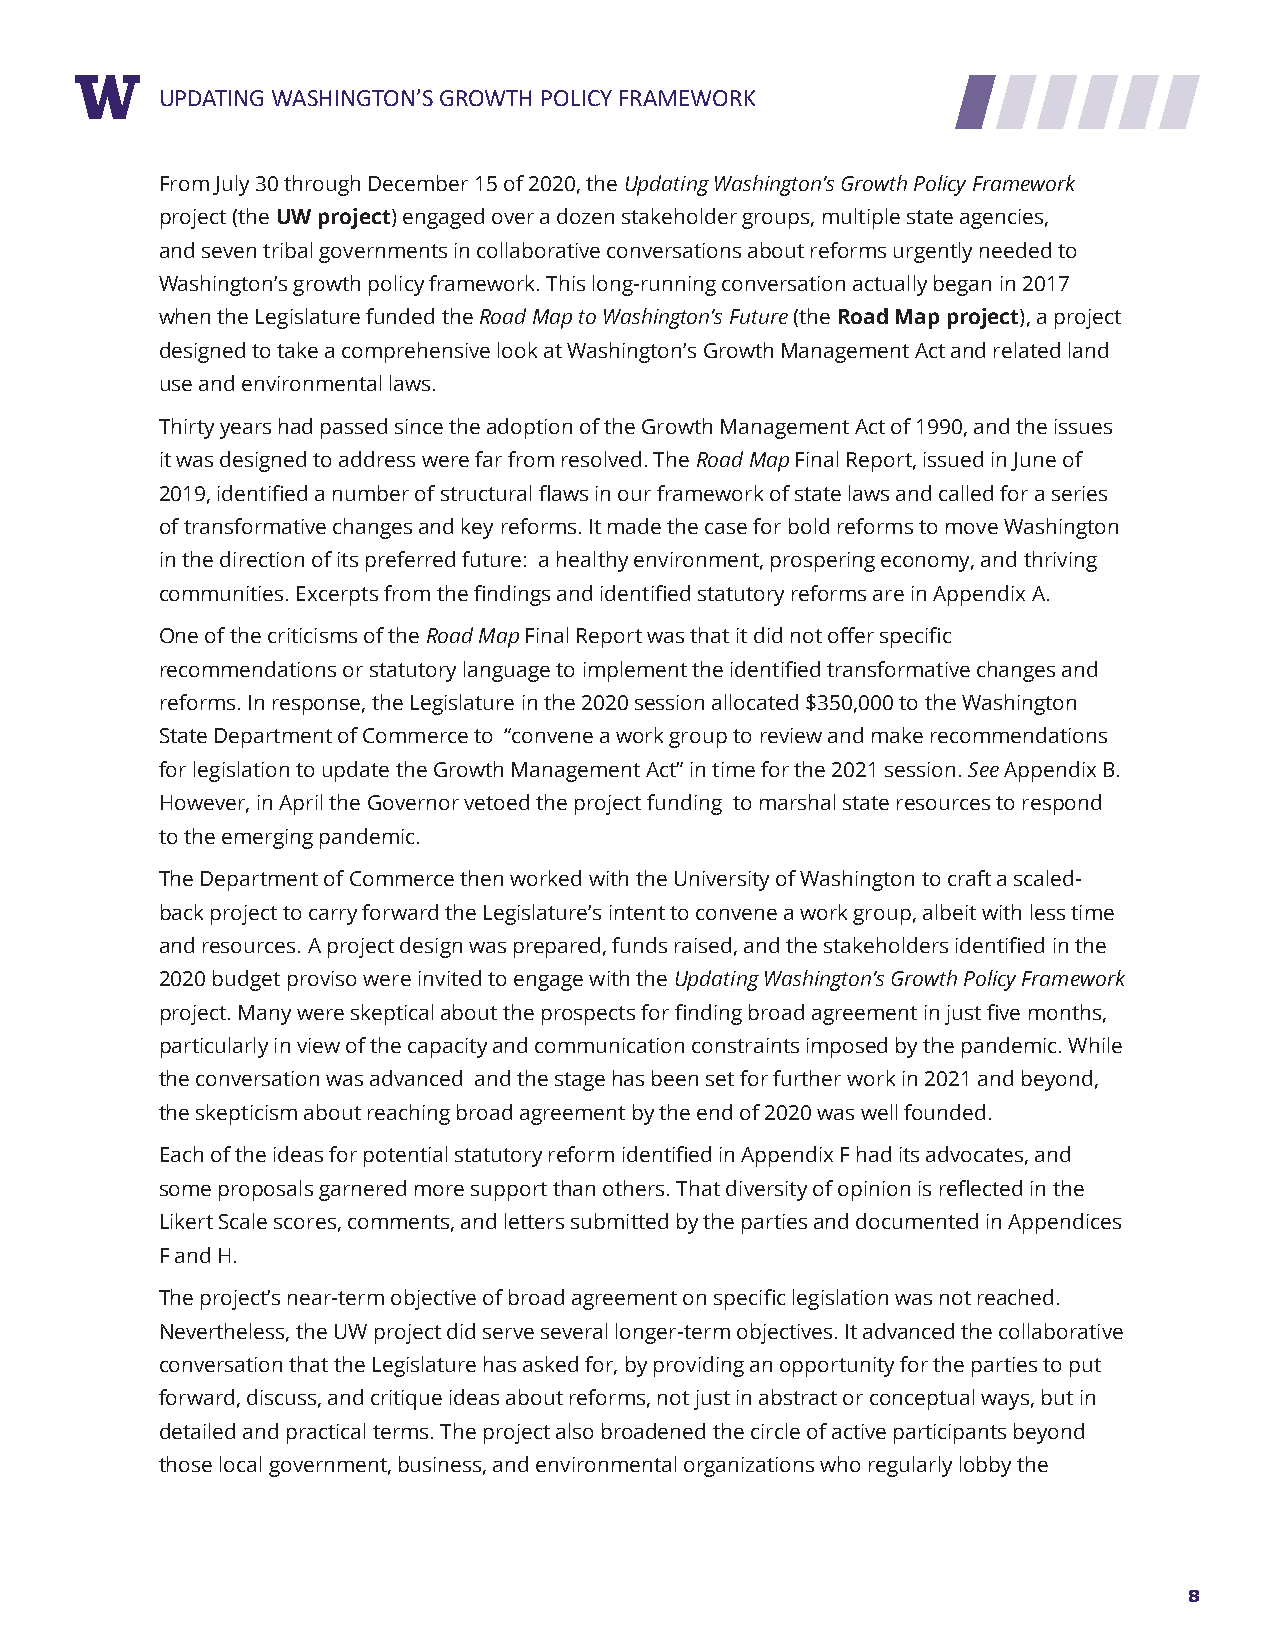
RUEPPDOARTTIN TGIT WLEASHINGTON’S GROWTH POLICY FRAMEWORK
 From July 30 through December 15 of 2020, the Updating Washington’s Growth Policy Framework
 project (the UW project) engaged over a dozen stakeholder groups, multiple state agencies,
 and seven tribal governments in collaborative conversations about reforms urgently needed to
 Washington’s growth policy framework. This long-running conversation actually began in 2017
 when the Legislature funded the Road Map to Washington’s Future (the Road Map project), a project
 designed to take a comprehensive look at Washington’s Growth Management Act and related land
 use and environmental laws.
 Thirty years had passed since the adoption of the Growth Management Act of 1990, and the issues
 it was designed to address were far from resolved. The Road Map Final Report, issued in June of
 2019, identified a number of structural flaws in our framework of state laws and called for a series
 of transformative changes and key reforms. It made the case for bold reforms to move Washington
 in the direction of its preferred future: a healthy environment, prospering economy, and thriving
 communities. Excerpts from the findings and identified statutory reforms are in Appendix A.
 One of the criticisms of the Road Map Final Report was that it did not offer specific
 recommendations or statutory language to implement the identified transformative changes and
 reforms. In response, the Legislature in the 2020 session allocated $350,000 to the Washington
 State Department of Commerce to “convene a work group to review and make recommendations
 for legislation to update the Growth Management Act” in time for the 2021 session. See Appendix B.
 However, in April the Governor vetoed the project funding to marshal state resources to respond
 to the emerging pandemic.
 The Department of Commerce then worked with the University of Washington to craft a scaled-
 back project to carry forward the Legislature’s intent to convene a work group, albeit with less time
 and resources. A project design was prepared, funds raised, and the stakeholders identified in the
 2020 budget proviso were invited to engage with the Updating Washington’s Growth Policy Framework
 project. Many were skeptical about the prospects for finding broad agreement in just five months,
 particularly in view of the capacity and communication constraints imposed by the pandemic. While
 the conversation was advanced and the stage has been set for further work in 2021 and beyond,
 the skepticism about reaching broad agreement by the end of 2020 was well founded.
 Each of the ideas for potential statutory reform identified in Appendix F had its advocates, and
 some proposals garnered more support than others. That diversity of opinion is reflected in the
 Likert Scale scores, comments, and letters submitted by the parties and documented in Appendices
 F and H.
 The project’s near-term objective of broad agreement on specific legislation was not reached.
 Nevertheless, the UW project did serve several longer-term objectives. It advanced the collaborative
 conversation that the Legislature has asked for, by providing an opportunity for the parties to put
 forward, discuss, and critique ideas about reforms, not just in abstract or conceptual ways, but in
 detailed and practical terms. The project also broadened the circle of active participants beyond
 those local government, business, and environmental organizations who regularly lobby the
 8